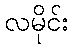
လမိုင်း